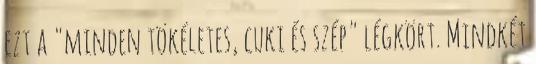
ezt a "minden tökéletes, cuki és szép" légkört. Mindkét